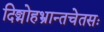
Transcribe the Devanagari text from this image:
दिङ्मोहभ्रान्तचेतसः